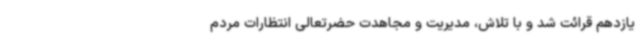
یازدهم قرائت شد و با تلاش، مدیریت و مجاهدت حضرتعالی انتظارات مردم